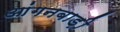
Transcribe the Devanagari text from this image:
आंगनबाड़़ी